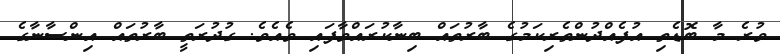
ވުރެ މާ ބޮޑެތި އުފެއްދުންތެރިކަމުގެ ބާރުތައް ބިނާކުރައްވާފައި ވެއެވެ. ގުދުރަތީ ބާރުތައް އިންސާނާގެ